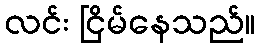
လင်း ငြိမ်နေသည်။